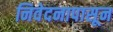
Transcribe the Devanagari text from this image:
निवेदनापासून